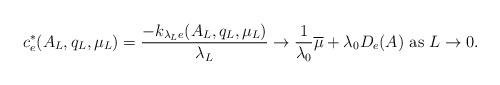
LaTeX: \begin{align*} c^*_e(A_L,q_L,\mu_L)=\frac{- k_{\lambda_L e}(A_L,q_L,\mu_L)}{\lambda_L}\rightarrow \frac{1}{\lambda_0} \overline{\mu}+\lambda_0 D_e(A) \ \hbox{as} \ L\rightarrow 0.\end{align*}